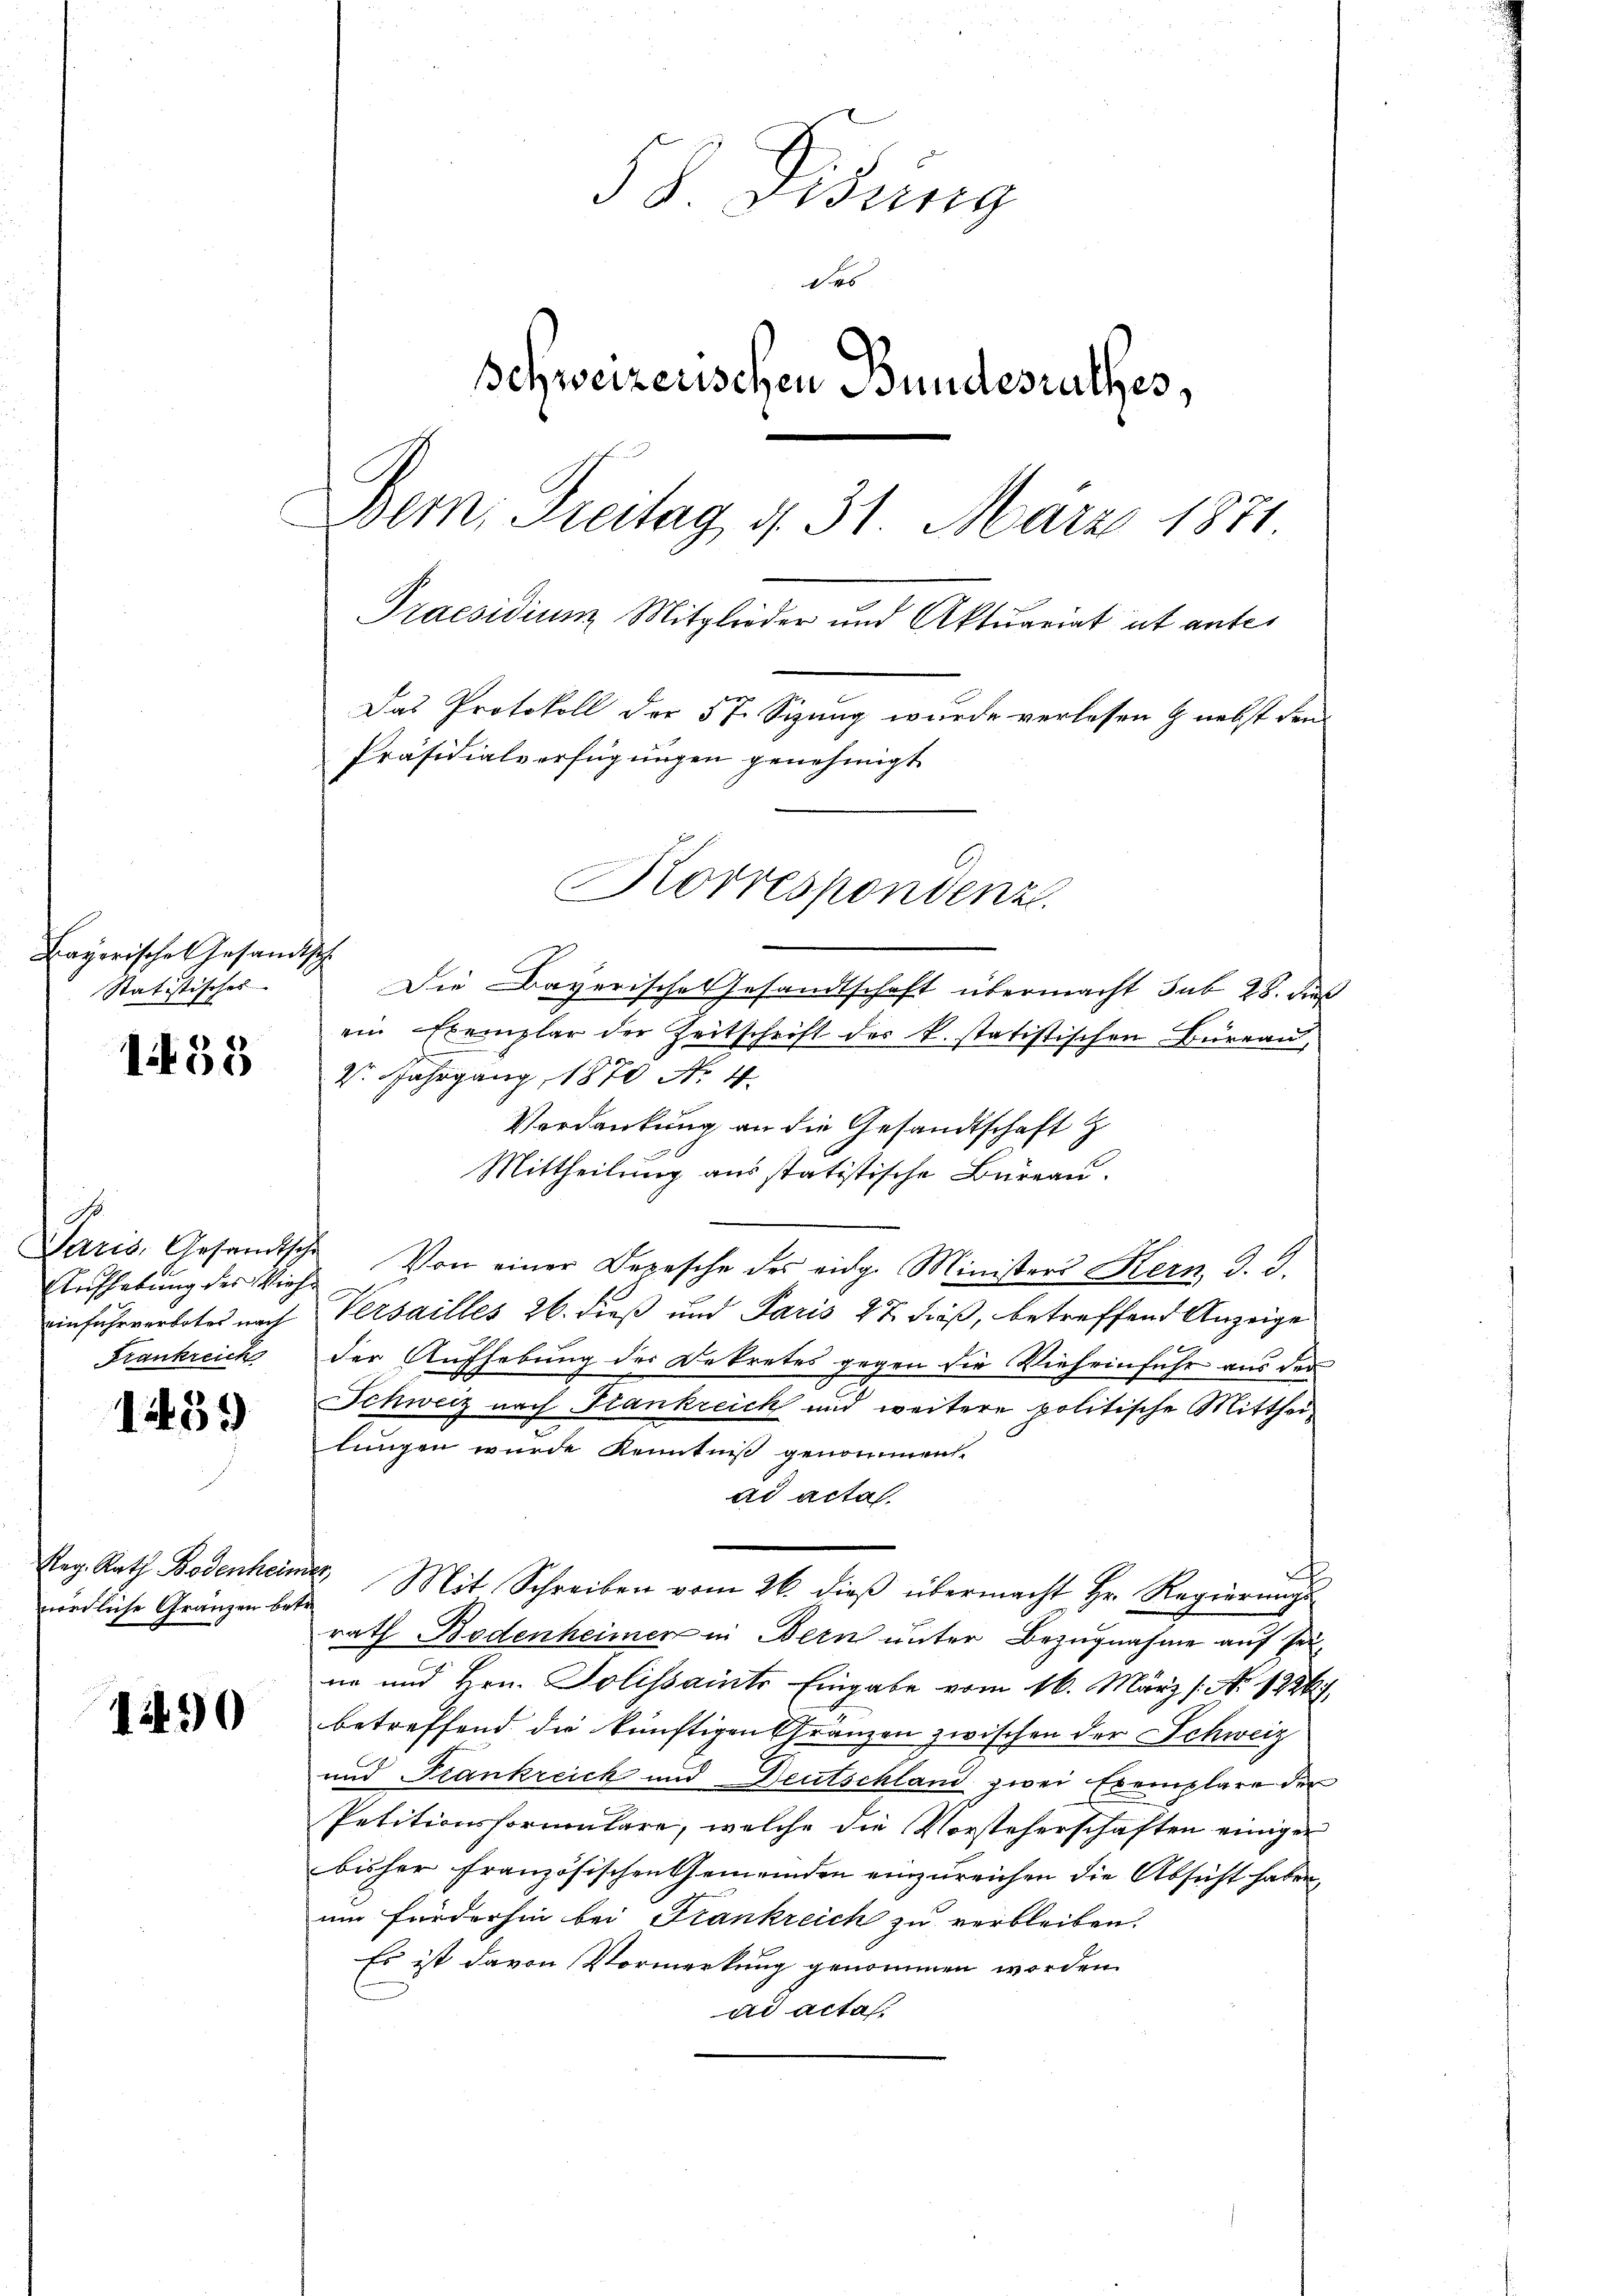
Bayerische Gesandtisch
Statistisches

138

G
Aufhebung des Viehe
Frankreich

1459

nördliche Gränzen betr.

1290

3 Bring
des
Schweizerischen Bundesrathes,
Bern, Freitag, d. 31. März 1871
Praesidium Mitglieder und Aktuariat ut anter
Das Protokoll der 57. Sizung wurde verlesen & nebst den
Präsidialverfügungen genehmigt.
Korrespondenz
Die Bayerische Gesandtschaft übermacht sub 28. dieß

ein Exemplar der Zeitschrift der k. statistischen Büreau,
V. Jahrgang 1870 No 4.
Verdankung an die Gesandtschaft z
Mittheilung aus statistische Büreau.
Paris, Gesandtsche Von einer Depesche des eidg. Ministers Kern, d. d.
einfuhrverbotes nach Versailles 26. dieß und Paris 27 dieß, betreffend Anzeige
der Aufhebung der Bekretes gegen die Vieheinfuhr aus der
Schweiz nach Frankreich und weitere politische Mittheilungen wurde Kenntniß genommen.
ad acta.
2
Reg. Rath Bodenheim Mit Schreiben vom 26. dieβ übermacht Hr. Regierŭngs
rath Bodenheimer in Bern unter Bezugnahme auf seine und Hrn. Solissainte Eingabe vom 16. März /: No 1236.
betreffend die künftigen Gränzen zwischen der Schweiz
und Frankreich und Deutschland zwei Exemplare der
Petitionsformulare, welche die Vorsteherschaften einiger
bisher französischen Gemeinden einzureichen die Absicht haben,
um förderhin bei Frankreich zu verbleiben.
Es ist davon Vormerkung genommen worden.
ad acta.